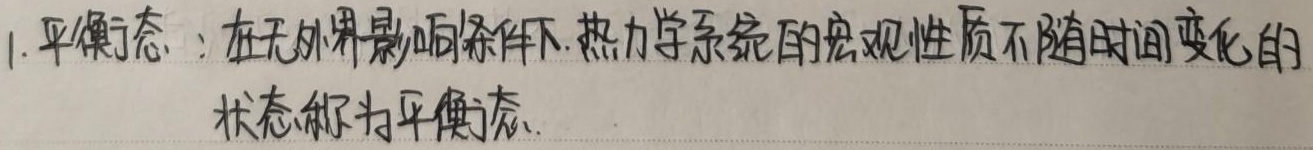
1. 平衡态：在无外界影响条件下，热力学系统的宏观性质不随时间变化的状态称为平衡态。